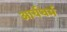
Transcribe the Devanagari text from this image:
आर्यधर्म